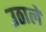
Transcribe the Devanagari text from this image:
उठाले